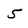
Character: 5